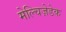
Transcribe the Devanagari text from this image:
मेल्चिज़ेडेक